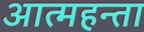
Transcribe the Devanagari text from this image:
आत्महन्ता